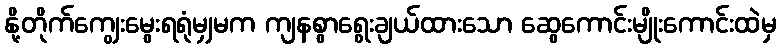
နို့တိုက်ကျွေးမွေးရရုံမျှမက ကျနစွာရွေးချယ်ထားသော ဆွေကောင်းမျိုးကောင်းထဲမှ